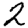
Digit: 2